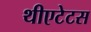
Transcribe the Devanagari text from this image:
थीएटेटस